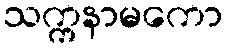
သက္ကနာမကော